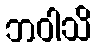
ဘဝါသိ